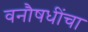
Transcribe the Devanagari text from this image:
वनौषधींचा